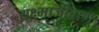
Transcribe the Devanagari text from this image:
यक्ष्माजीवाणु